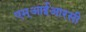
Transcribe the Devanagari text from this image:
एम्आईआरसी